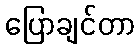
ပြောချင်တာ